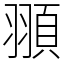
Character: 頨